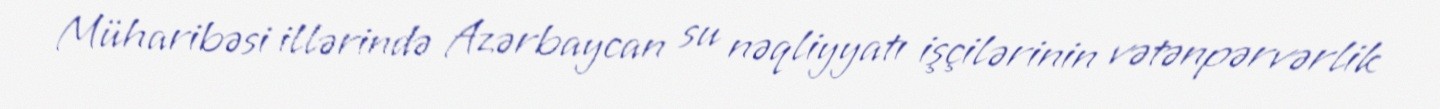
Müharibəsi illərində Azərbaycan su nəqliyyatı işçilərinin vətənpərvərlik